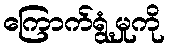
ကြောက်ရွံ့မှုကို